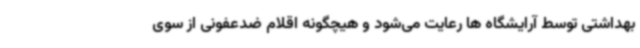
بهداشتی توسط آرایشگاه ها رعایت می‌شود و هیچگونه اقلام ضدعفونی از سوی